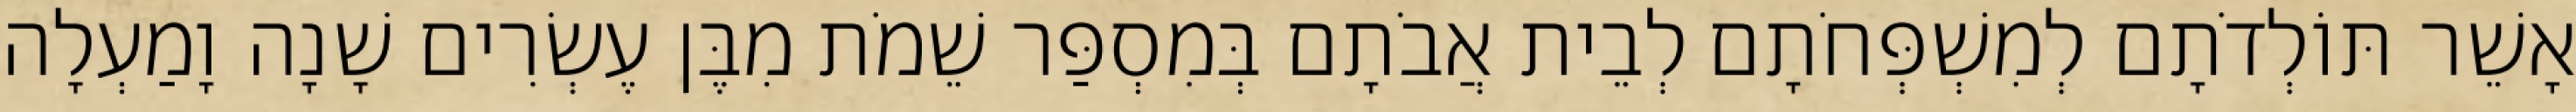
אָשֵׁר תּוֹלְדֹתָם לְמִשְׁפְּחֹתָם לְבֵית אֲבֹתָם בְּמִסְפַּר שֵׁמֹת מִבֶּן עֶשְׂרִים שָׁנָה וָמַעְלָה